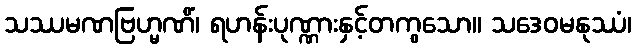
သဿမဏဗြဟ္မဏိံ၊ ရဟန်းပုဏ္ဏားနှင့်တကွသော။ သဒေဝမနုဿံ၊